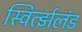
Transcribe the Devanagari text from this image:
स्विर्त्झलंड